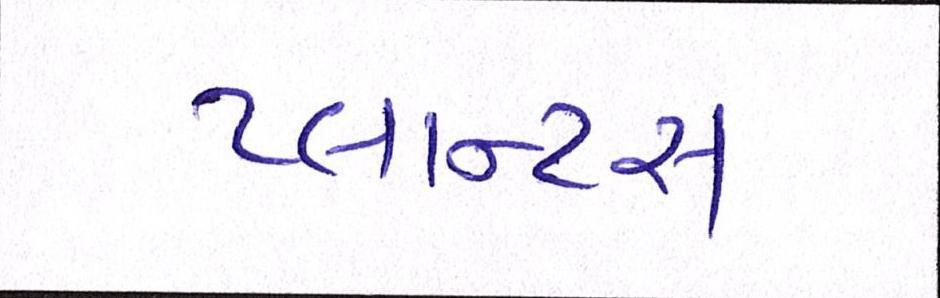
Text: પ્લાન્ટસ